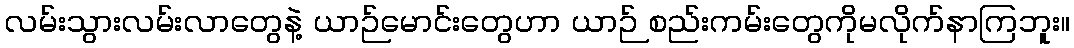
လမ်းသွားလမ်းလာတွေနဲ့ ယာဉ်မောင်းတွေဟာ ယာဉ် စည်းကမ်းတွေကိုမလိုက်နာကြဘူး။